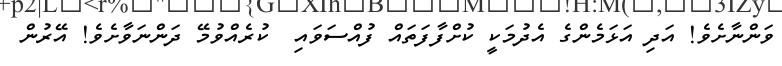
ވަންނާށެވެ! އަދި އަޅަމެންގެ އެދުމަކީ ކުށްފާފަތައް ފުއްސަވައި  ކުރެއްވުމޭ ދަންނަވާށެވެ! އޭރުން